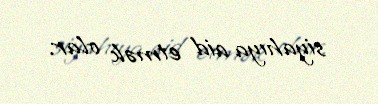
siyahıya aid etmək olar.